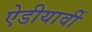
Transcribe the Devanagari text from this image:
ऐडीयार्वी